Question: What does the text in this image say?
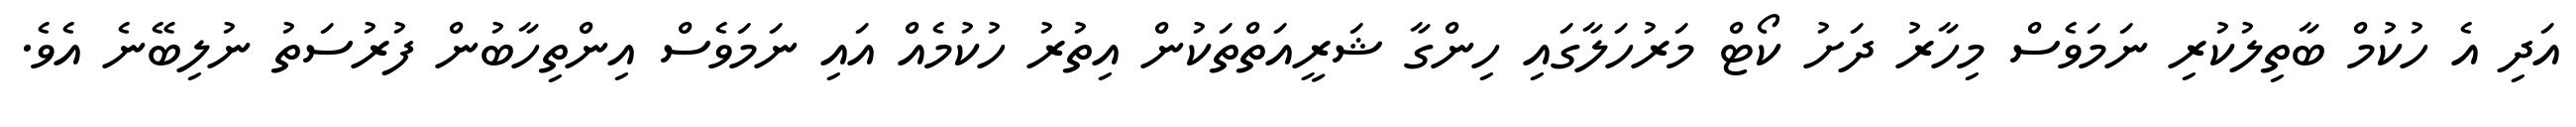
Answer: އަދި އެ ހުކުމް ބާތިލުކުރި ނަމަވެސް މިހާރު ދަށު ކޯޓް މަރުހަލާގައި ހިންގާ ޝަރީއަތްތަކުން އިތުރު ހުކުމެއް އައި ނަމަވެސް އިންތިހާބުން ފުރުސަތު ނުލިބޭނެ އެވެ.